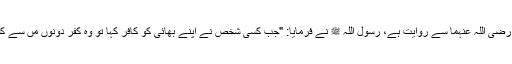
حضر ت عبداللہ بن عمر رضی اللہ عنہما سے روایت ہے، رسول اللہ ﷺ نے فرمایا: "جب کسی شخص نے اپنے بھائی کو کافر کہا تو وہ کفر دونوں مںَ سے کسی پر ضرور پلٹے گا "۔